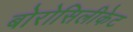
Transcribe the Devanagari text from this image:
बोरोसिलीकेट